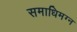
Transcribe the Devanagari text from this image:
समाधिमग्न